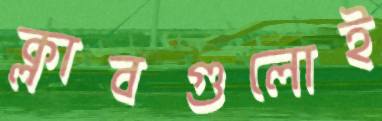
ক্লাবগুলোই